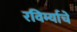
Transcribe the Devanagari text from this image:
रविर्म्याचे